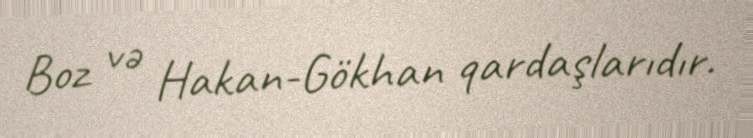
Boz və Hakan-Gökhan qardaşlarıdır.